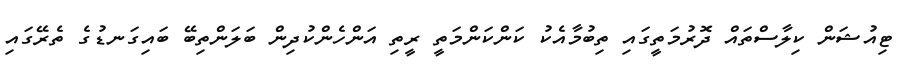
ޓިއުޝަން ކިލާސްތައް ދޮރުމަތީގައި ތިބުމާއެކު ކަންކަންމަތީ ރީތި އަންހެންކުދިން ބަލަންތިބޭ ބައިގަނޑުގެ ތެރޭގައި